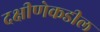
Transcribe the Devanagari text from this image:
दक्षीणेकडील